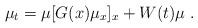
LaTeX: \begin{align*} \mu_t=\mu[G(x)\mu_x]_x+W(t)\mu~. \end{align*}